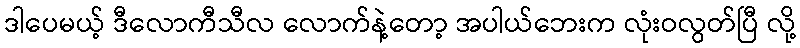
ဒါပေမယ့် ဒီလောကီသီလ လောက်နဲ့တော့ အပါယ်ဘေးက လုံးဝလွတ်ပြီ လို့